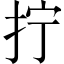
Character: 拧